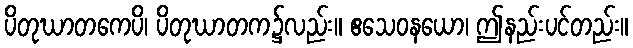
ပိတုဃာတကေပိ၊ ပိတုဃာတက၌လည်း။ ဧသေဝနယော၊ ဤနည်းပင်တည်း။